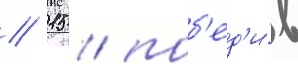
// 15 / поб'ед'и́в